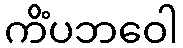
ကိံပဘဝေါ